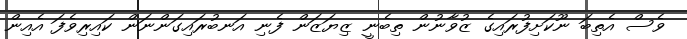
ވެސް އެތިބަ ނޫކަށިފުރައިގެ ޒުވާނުން ތިބެނީ ޒިޔަޒަން ފެނި އަނބުރައިގަންނަން ކައިރިވެފަ އެއިން